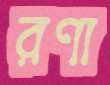
রণা